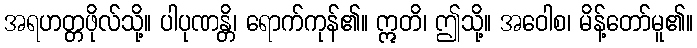
အရဟတ္တဖိုလ်သို့။ ပါပုဏန္တိ၊ ရောက်ကုန်၏။ ဣတိ၊ ဤသို့။ အဝေါစ၊ မိန့်တော်မူ၏။